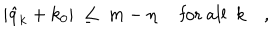
LaTeX: \vert \hat { q } _ { k } + k _ { 0 } \vert \ \leq \ m - \eta \quad \mathrm { ~ f o r ~ a l l ~ } \ k \quad ,